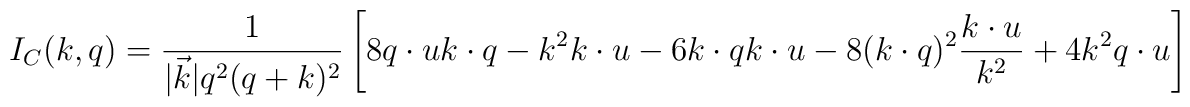
I_{C}(k,q)=\frac{1}{|\vec k|q^2(q+k)^2}\left[8q\cdot u k\cdot q - k^2 k\cdot u - 6 k\cdot q k\cdot u -8(k\cdot q)^2\frac{k\cdot u}{k^2} + 4 k^2 q\cdot u\right]